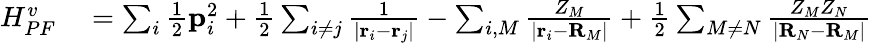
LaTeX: \begin{array}{rl}{H_{PF}^{v}}&{{}=\sum_{i}\frac{1}{2}\mathbf{p}_{i}^{2}+\frac{1}{2}\sum_{i\neq j}\frac{1}{|\mathbf{r}_{i}-\mathbf{r}_{j}|}-\sum_{i,M}\frac{Z_{M}}{|\mathbf{r}_{i}-\mathbf{R}_{M}|}+\frac{1}{2}\sum_{M\neq N}\frac{Z_{M}Z_{N}}{|\mathbf{R}_{N}-\mathbf{R}_{M}|}}\end{array}